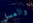
والعسل